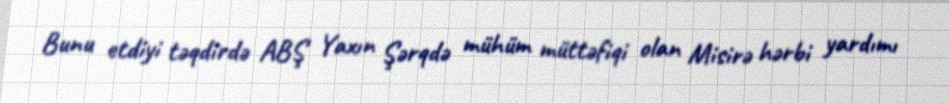
Bunu etdiyi təqdirdə ABŞ Yaxın Şərqdə mühüm müttəfiqi olan Misirə hərbi yardımı